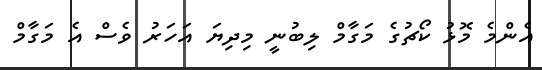
އެންމެ މޮޅު ކޯޗުގެ މަގާމް ލިބުނީ މިދިޔަ އަހަރު ވެސް އެ މަގާމް